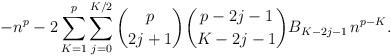
LaTeX: \begin{align*}-n^p - 2 \sum_{K=1}^{p} \sum_{j=0}^{K/2} \binom{p}{2j+1} \binom{{p-2j-1}}{K-2j-1} B_{K-2j-1} \, n^{p-K}.\end{align*}